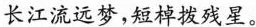
长江流远梦，短棹拨残星。